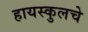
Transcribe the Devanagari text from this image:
हायस्‍कुलचे